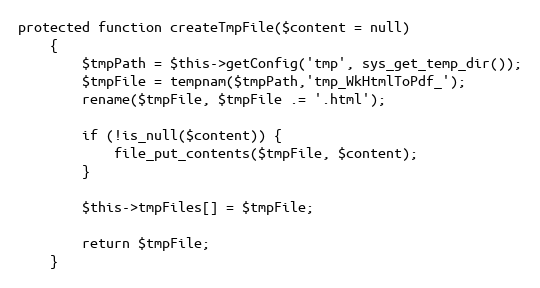
Language: PHP
protected function createTmpFile($content = null)
    {
        $tmpPath = $this->getConfig('tmp', sys_get_temp_dir());
        $tmpFile = tempnam($tmpPath,'tmp_WkHtmlToPdf_');
        rename($tmpFile, $tmpFile .= '.html');

        if (!is_null($content)) {
            file_put_contents($tmpFile, $content);
        }

        $this->tmpFiles[] = $tmpFile;

        return $tmpFile;
    }